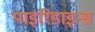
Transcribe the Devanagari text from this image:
पाइरिडाइन्स